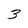
Character: 3